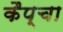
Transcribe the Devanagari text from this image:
कैप्चा